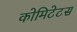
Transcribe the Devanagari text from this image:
कोमिटेटस